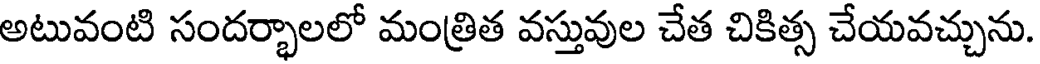
అటువంటి సందర్భాలలో మంత్రిత వస్తువుల చేత చికిత్స చేయవచ్చును.